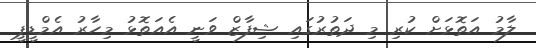
ލާމު އަތޮޅަށް ކުރި މި ދަތުރުގައި ޝިފާޒް ވަނީ އެއަތޮޅު މިހާރު އެމްޑީޕީ